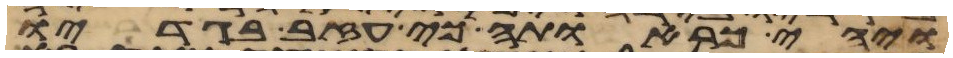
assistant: ויהי כראותה כי עזב בגדיו